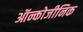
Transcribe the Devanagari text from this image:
ऑन्कोजीनिक